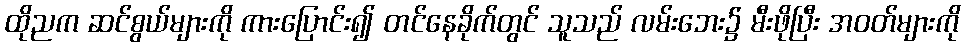
ထိုညက ဆင်စွယ်များကို ကားပြောင်း၍ တင်နေခိုက်တွင် သူသည် လမ်းဘေး၌ မီးဖိုပြီး အဝတ်များကို